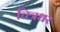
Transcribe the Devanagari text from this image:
चित्रधर